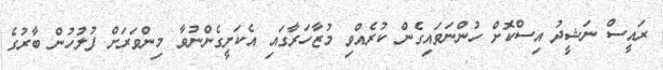
ރައީސް ނަޝީދު އިސްކޮށް ހުންނަވައިގެން ކުރެއްވި މުޒާހަރާގައި އެކަށީގެންނުވާ މިންވަރަށް ފުލުހުން ބާރުގެ